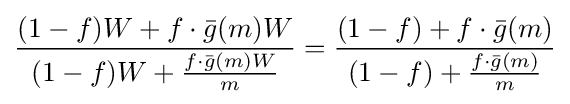
{\frac {(1-f)W+f\cdot {\bar {g}}(m)W}{(1-f)W+{\frac {f\cdot {\bar {g}}(m)W}{m}}}}={\frac {(1-f)+f\cdot {\bar {g}}(m)}{(1-f)+{\frac {f\cdot {\bar {g}}(m)}{m}}}}